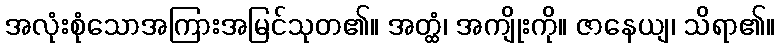
အလုံးစုံသောအကြားအမြင်သုတ၏။ အတ္ထံ၊ အကျိုးကို။ ဇာနေယျ၊ သိရာ၏။